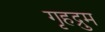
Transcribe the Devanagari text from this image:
गृहद्रुम